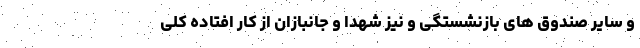
و سایر صندوق های بازنشستگی و نیز شهدا و جانبازان از کار افتاده کلی